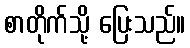
စာတိုက်သို့ ပြေးသည်။